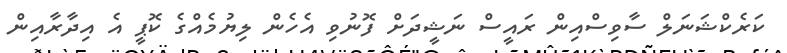
ކަރެކްޝަނަލް ސާވިސްއިން ރައީސް ނަޝީދަށް ފޮނުވިި އެހެން ލިޔުމެއްގެ ކޮޕީ އެ އިދާރާއިން